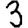
Digit: 3